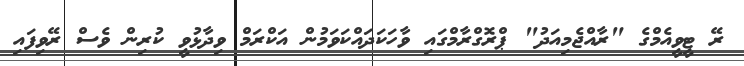
ރޭ ޓީވީއެމްގެ "ރާއްޖެމިއަދު" ޕްރޮގްރާމްގައި ވާހަކަދައްކަވަމުން އަކްރަމް ވިދާޅުވީ ކުރިން ވެސް ރޭވިފައި